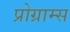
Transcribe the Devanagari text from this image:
प्रोग्राम्‍स